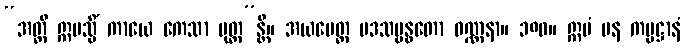
“အတ္ထိ ဣမသ္မိံ ကာယေ ကေသာ မုတ္တ”န္တိ။ အယမေတ္ထ ပဒသမ္ဗန္ဓတော ဝဏ္ဏနာ။ ၁၈၀။ ဣမံ ပန ကမ္မဋ္ဌာနံ